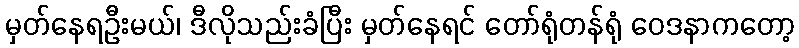
မှတ်နေရဦးမယ်၊ ဒီလိုသည်းခံပြီး မှတ်နေရင် တော်ရုံတန်ရုံ ဝေဒနာကတော့